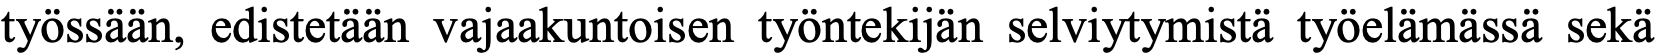
työssään, edistetään vajaakuntoisen työntekijän selviytymistä työelämässä sekä